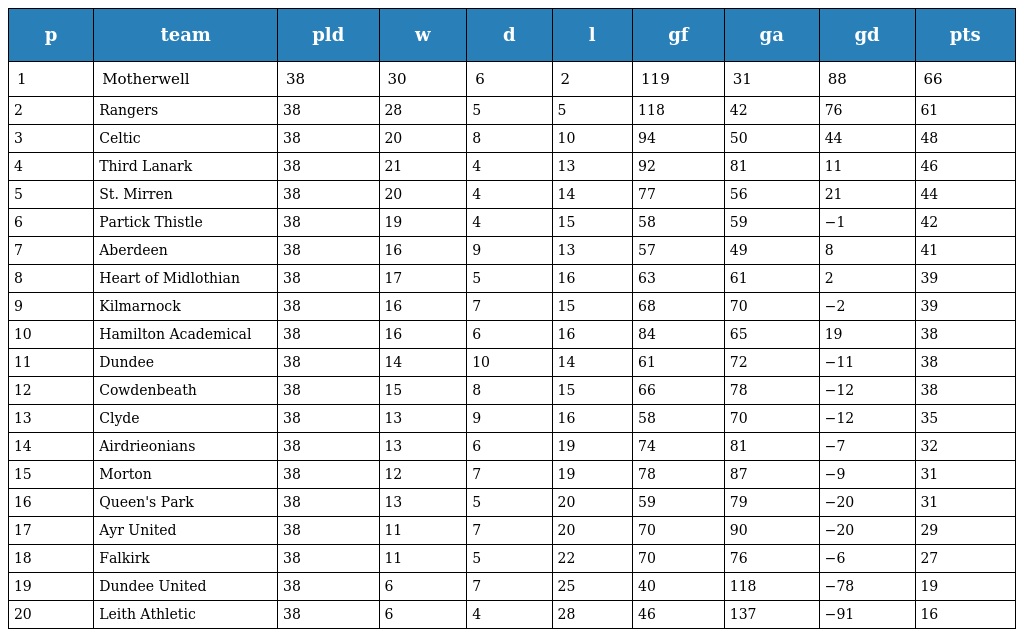
| p | team | pld | w | d | l | gf | ga | gd | pts |
 | --- | --- | --- | --- | --- | --- | --- | --- | --- | --- |
 | 1 | Motherwell | 38 | 30 | 6 | 2 | 119 | 31 | 88 | 66 |
 | 2 | Rangers | 38 | 28 | 5 | 5 | 118 | 42 | 76 | 61 |
 | 3 | Celtic | 38 | 20 | 8 | 10 | 94 | 50 | 44 | 48 |
 | 4 | Third Lanark | 38 | 21 | 4 | 13 | 92 | 81 | 11 | 46 |
 | 5 | St. Mirren | 38 | 20 | 4 | 14 | 77 | 56 | 21 | 44 |
 | 6 | Partick Thistle | 38 | 19 | 4 | 15 | 58 | 59 | −1 | 42 |
 | 7 | Aberdeen | 38 | 16 | 9 | 13 | 57 | 49 | 8 | 41 |
 | 8 | Heart of Midlothian | 38 | 17 | 5 | 16 | 63 | 61 | 2 | 39 |
 | 9 | Kilmarnock | 38 | 16 | 7 | 15 | 68 | 70 | −2 | 39 |
 | 10 | Hamilton Academical | 38 | 16 | 6 | 16 | 84 | 65 | 19 | 38 |
 | 11 | Dundee | 38 | 14 | 10 | 14 | 61 | 72 | −11 | 38 |
 | 12 | Cowdenbeath | 38 | 15 | 8 | 15 | 66 | 78 | −12 | 38 |
 | 13 | Clyde | 38 | 13 | 9 | 16 | 58 | 70 | −12 | 35 |
 | 14 | Airdrieonians | 38 | 13 | 6 | 19 | 74 | 81 | −7 | 32 |
 | 15 | Morton | 38 | 12 | 7 | 19 | 78 | 87 | −9 | 31 |
 | 16 | Queen's Park | 38 | 13 | 5 | 20 | 59 | 79 | −20 | 31 |
 | 17 | Ayr United | 38 | 11 | 7 | 20 | 70 | 90 | −20 | 29 |
 | 18 | Falkirk | 38 | 11 | 5 | 22 | 70 | 76 | −6 | 27 |
 | 19 | Dundee United | 38 | 6 | 7 | 25 | 40 | 118 | −78 | 19 |
 | 20 | Leith Athletic | 38 | 6 | 4 | 28 | 46 | 137 | −91 | 16 |